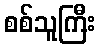
စစ်သူကြီး